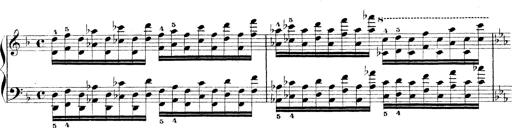
Title: Technische Studien
Composer: Franz Liszt